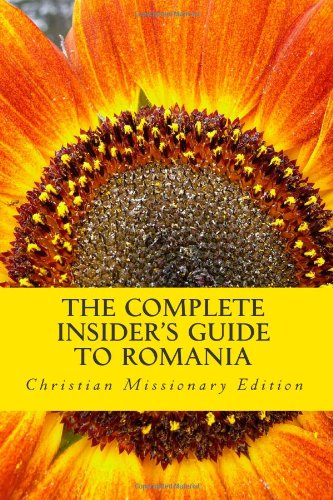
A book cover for The Complete Insider's Guide to Romania: Christian Missionary Edition: 2011; Sam R.; Travel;